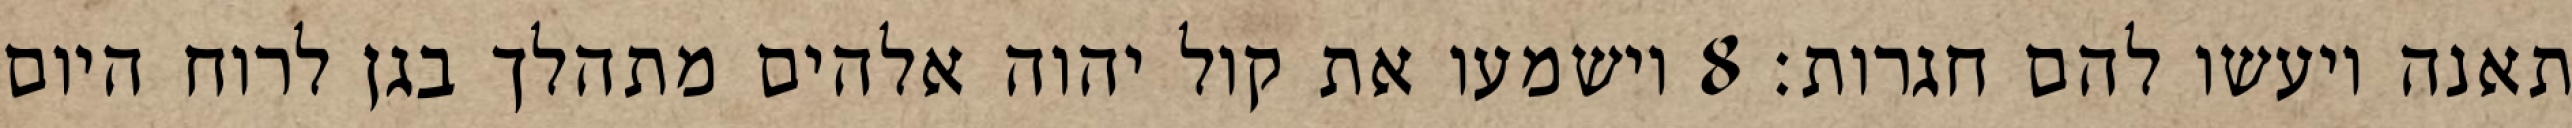
תאנה ויעשו להם חגרות׃ ‎8‏ וישמעו את קול יהוה אלהים מתהלך בגן לרוח היום